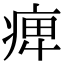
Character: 𤷒